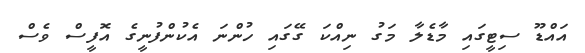
އައްޑޫ ސިޓީގައި މާޑެލާ މަގު ނިއްކަ ގޭގައި ހުންނަ އެކުންފުނީގެ އޮފީސް ވެސް